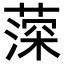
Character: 𦸂